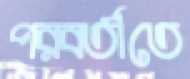
পরবর্তীতে